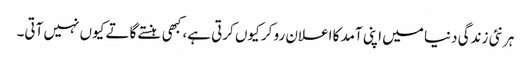
ہر نئی زندگی دنیا میں اپنی آمد کا اعلان رو کر کیوں کرتی ہے، کبھی ہنستے گاتے کیوں نہیں آتی۔